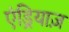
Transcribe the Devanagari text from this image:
एंड्रियाज़